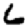
Digit: 6